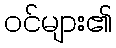
ဝင်များ၏